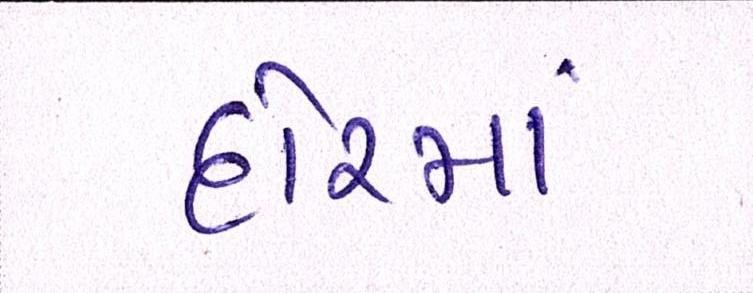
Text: દોરમાં